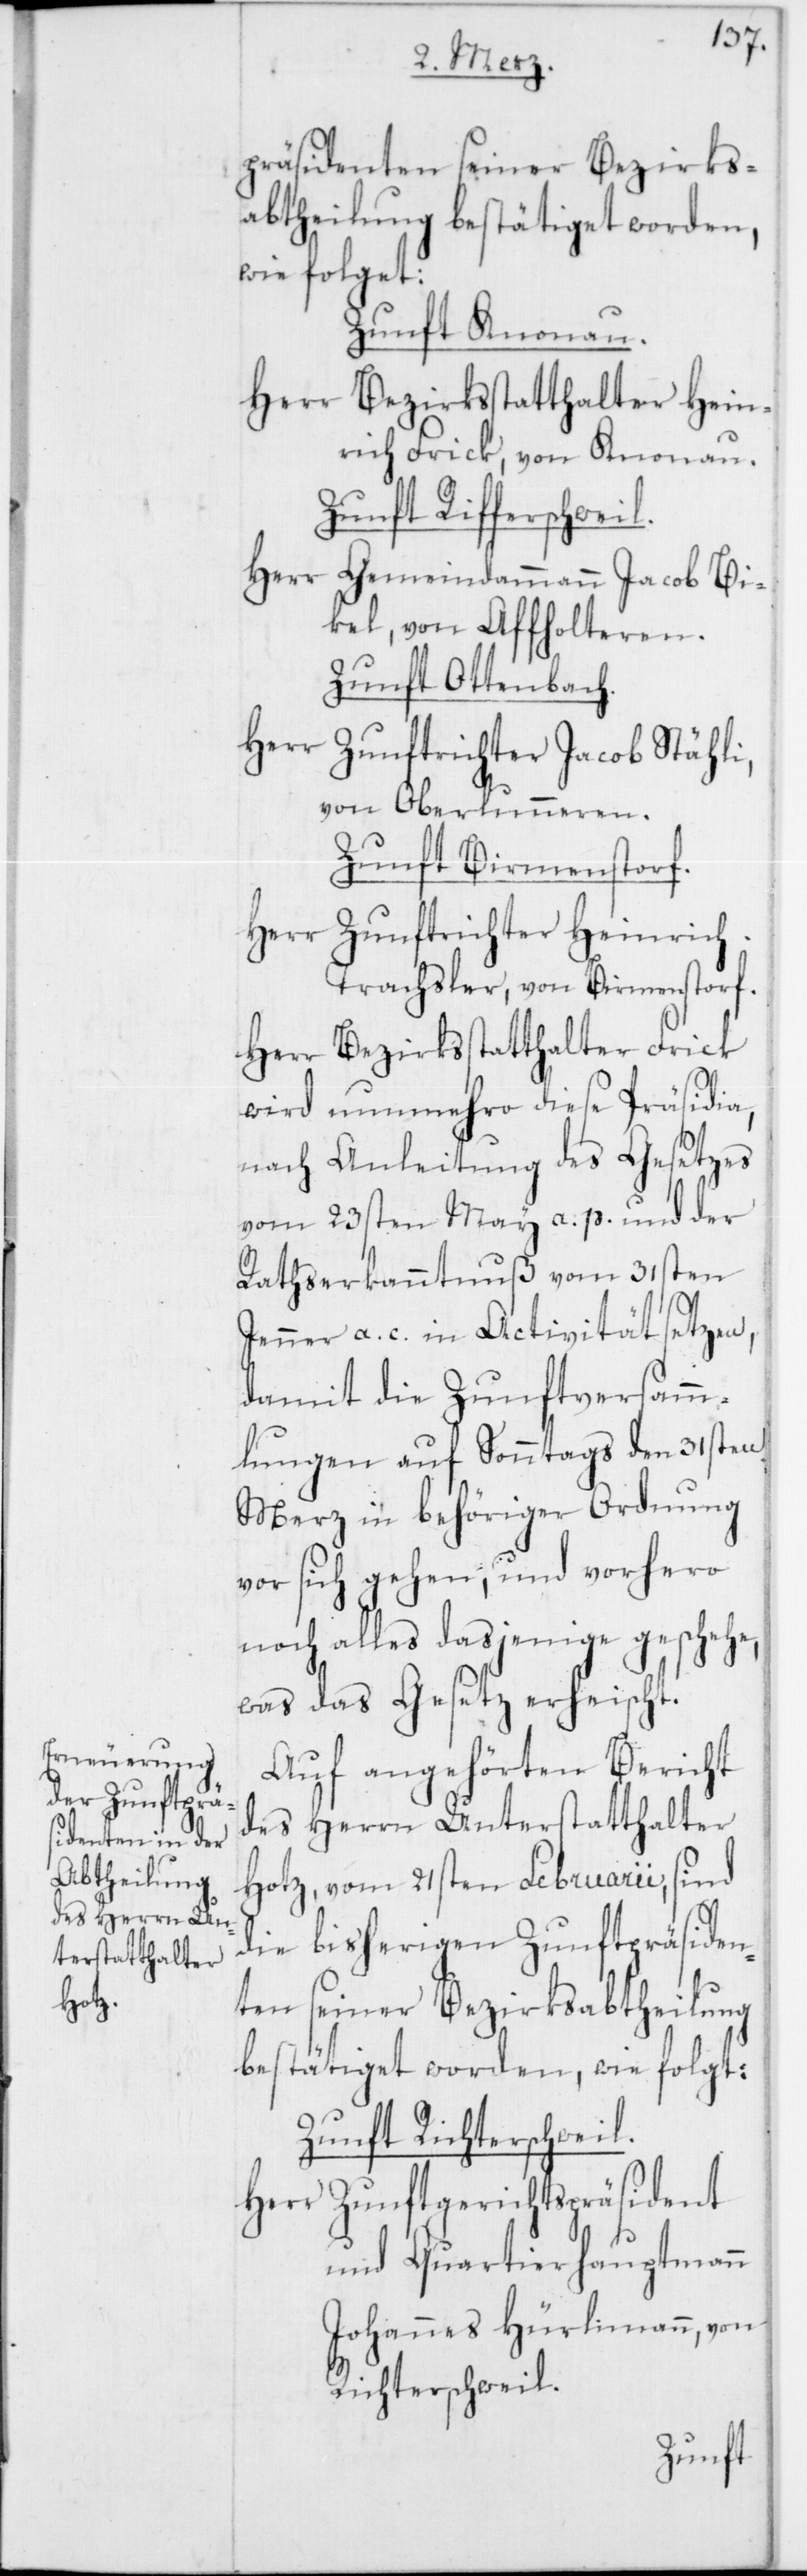
präsidenten seiner Bezirks¬
abtheilung bestätiget worden,
wie folget:
Zunft Knonau.
Herr Bezirksstatthalter Hein¬
rich Frick, von Knonau.
Zunft Rifferschweil.
Herr Gemeindammann Jacob Bi¬
kel, von Affholteren.
Zunft Ottenbach.
Herr
Zunftrichter Jacob Stähli,
von Oberlunnern.
Zunft Birmenstorf.
Herr Zunftrichter Heinrich
Trachsler, von Birmenstorf.
Herr Bezirksstatthalter Frick
wird nunmehro diese Präsidia,
nach Anleitung des Gesetzes
vom 23sten May a. p. und der
Rathserkanntnuß vom 31sten
Jenner a. c. in Activität setzen,
damit die Zunftversamm¬
lungen auf Sonntags den 31sten
Merz in behöriger Ordnung
vor sich gehen, und vorhero
noch alles dasjenige geschehe,
was das Gesetz erheischt.
Auf angehörten Bericht
des Herrn Unterstatthalter
Hotz, vom 21sten Februarii, sind
die bisherigen Zunftpräsiden¬
ten seiner Bezirksabtheilung
bestätiget worden, wie folgt:
Zunft Richterschweil.
Herr Zunftgerichtspräsident
und Quartierhauptmann
Johannes Hürlimann, von
Richterschweil.